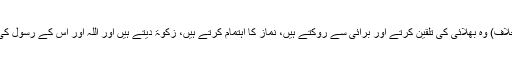
(اِن منافقوں کے برخلاف) وہ بھلائی کی تلقین کرتے اور برائی سے روکتے ہیں، نماز کا اہتمام کرتے ہیں، زکوٰۃ دیتے ہیں اور اللہ اور اُس کے رسول کی اطاعت کرتے ہیں۔